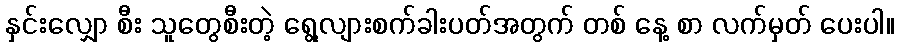
နှင်းလျှော စီး သူတွေစီးတဲ့ ရွေ့လျားစက်ခါးပတ်အတွက် တစ် နေ့ စာ လက်မှတ် ပေးပါ။